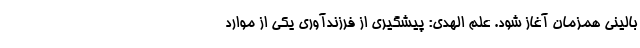
بالینی همزمان آغاز شود. علم الهدی: پیشگیری از فرزندآوری یکی از موارد